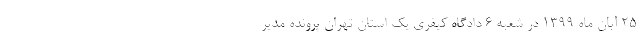
۲۵ آبان ماه ۱۳۹۹ در شعبه ۶ دادگاه کیفری یک استان تهران پرونده مدیر